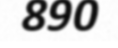
890